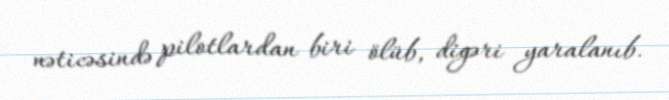
nəticəsində pilotlardan biri ölüb, digəri yaralanıb.